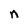
Character: n